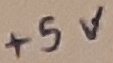
Text: +5V